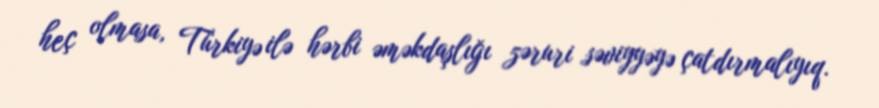
heç olmasa, Türkiyə ilə hərbi əməkdaşlığı zəruri səviyyəyə çatdırmalıyıq.